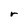
Character: r